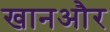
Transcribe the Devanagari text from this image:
खानऔर